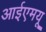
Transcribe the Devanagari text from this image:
आईएमयू